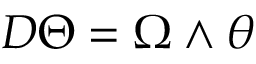
D \Theta = \Omega \wedge \theta